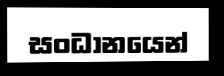
සංධානයෙන්